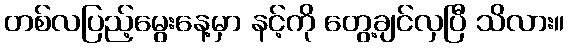
တစ်လပြည့်မွေးနေ့မှာ နင့်ကို တွေ့ချင်လှပြီ သိလား။